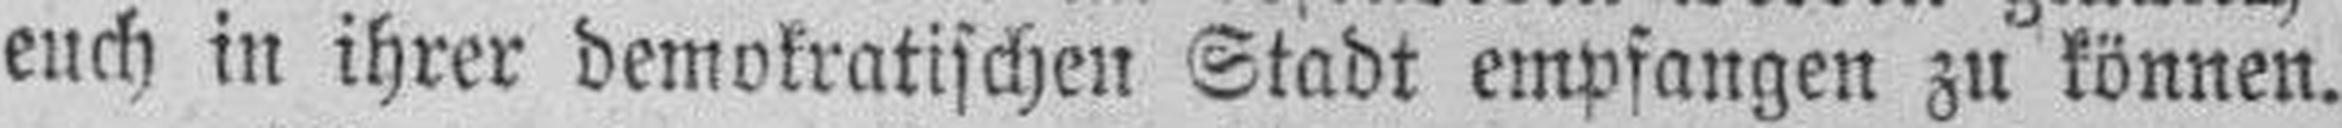
euch in ihrer demokratischen Stadt empfangen zu können.